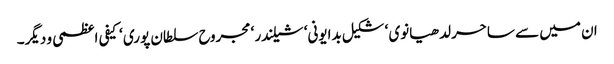
ان میں سے ساحر لدھیانوی ‘ شکیل بدایونی‘ شیلندر ‘ مجروح سلطان پوری ‘ کیفی اعظمی و دیگر۔